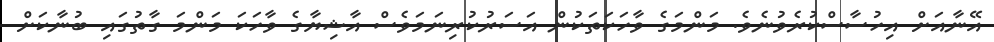
އޭނާއަށް އިހުސާސްކުރެވުނެވެ. މަންމަގެ ވާހަކަތަކުން އަސަރުކުރިނަމަވެސް އާޝިޔާގެ ވާހަކަ މަންމަ ގާތުގައި ބުނާކަށް